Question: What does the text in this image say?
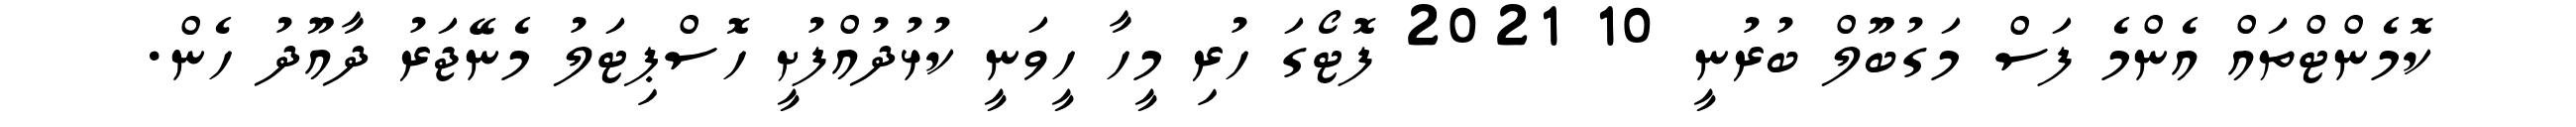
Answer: ކޮމެންޓްތައް އެންމެ ފަސް މަގުބޫލް ބުރުނީ 10 2021 ފޮޓޯގަ ހުރި މީހާ ހީވަނީ ކުޅުދުއްފުށީ ހޮސްޕިޓަލު މެނޭޖަރު ދާއޫދު ހެން.